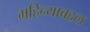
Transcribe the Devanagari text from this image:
महिन्याबद्दल